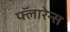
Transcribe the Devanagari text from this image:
फ्लॅारेन्स